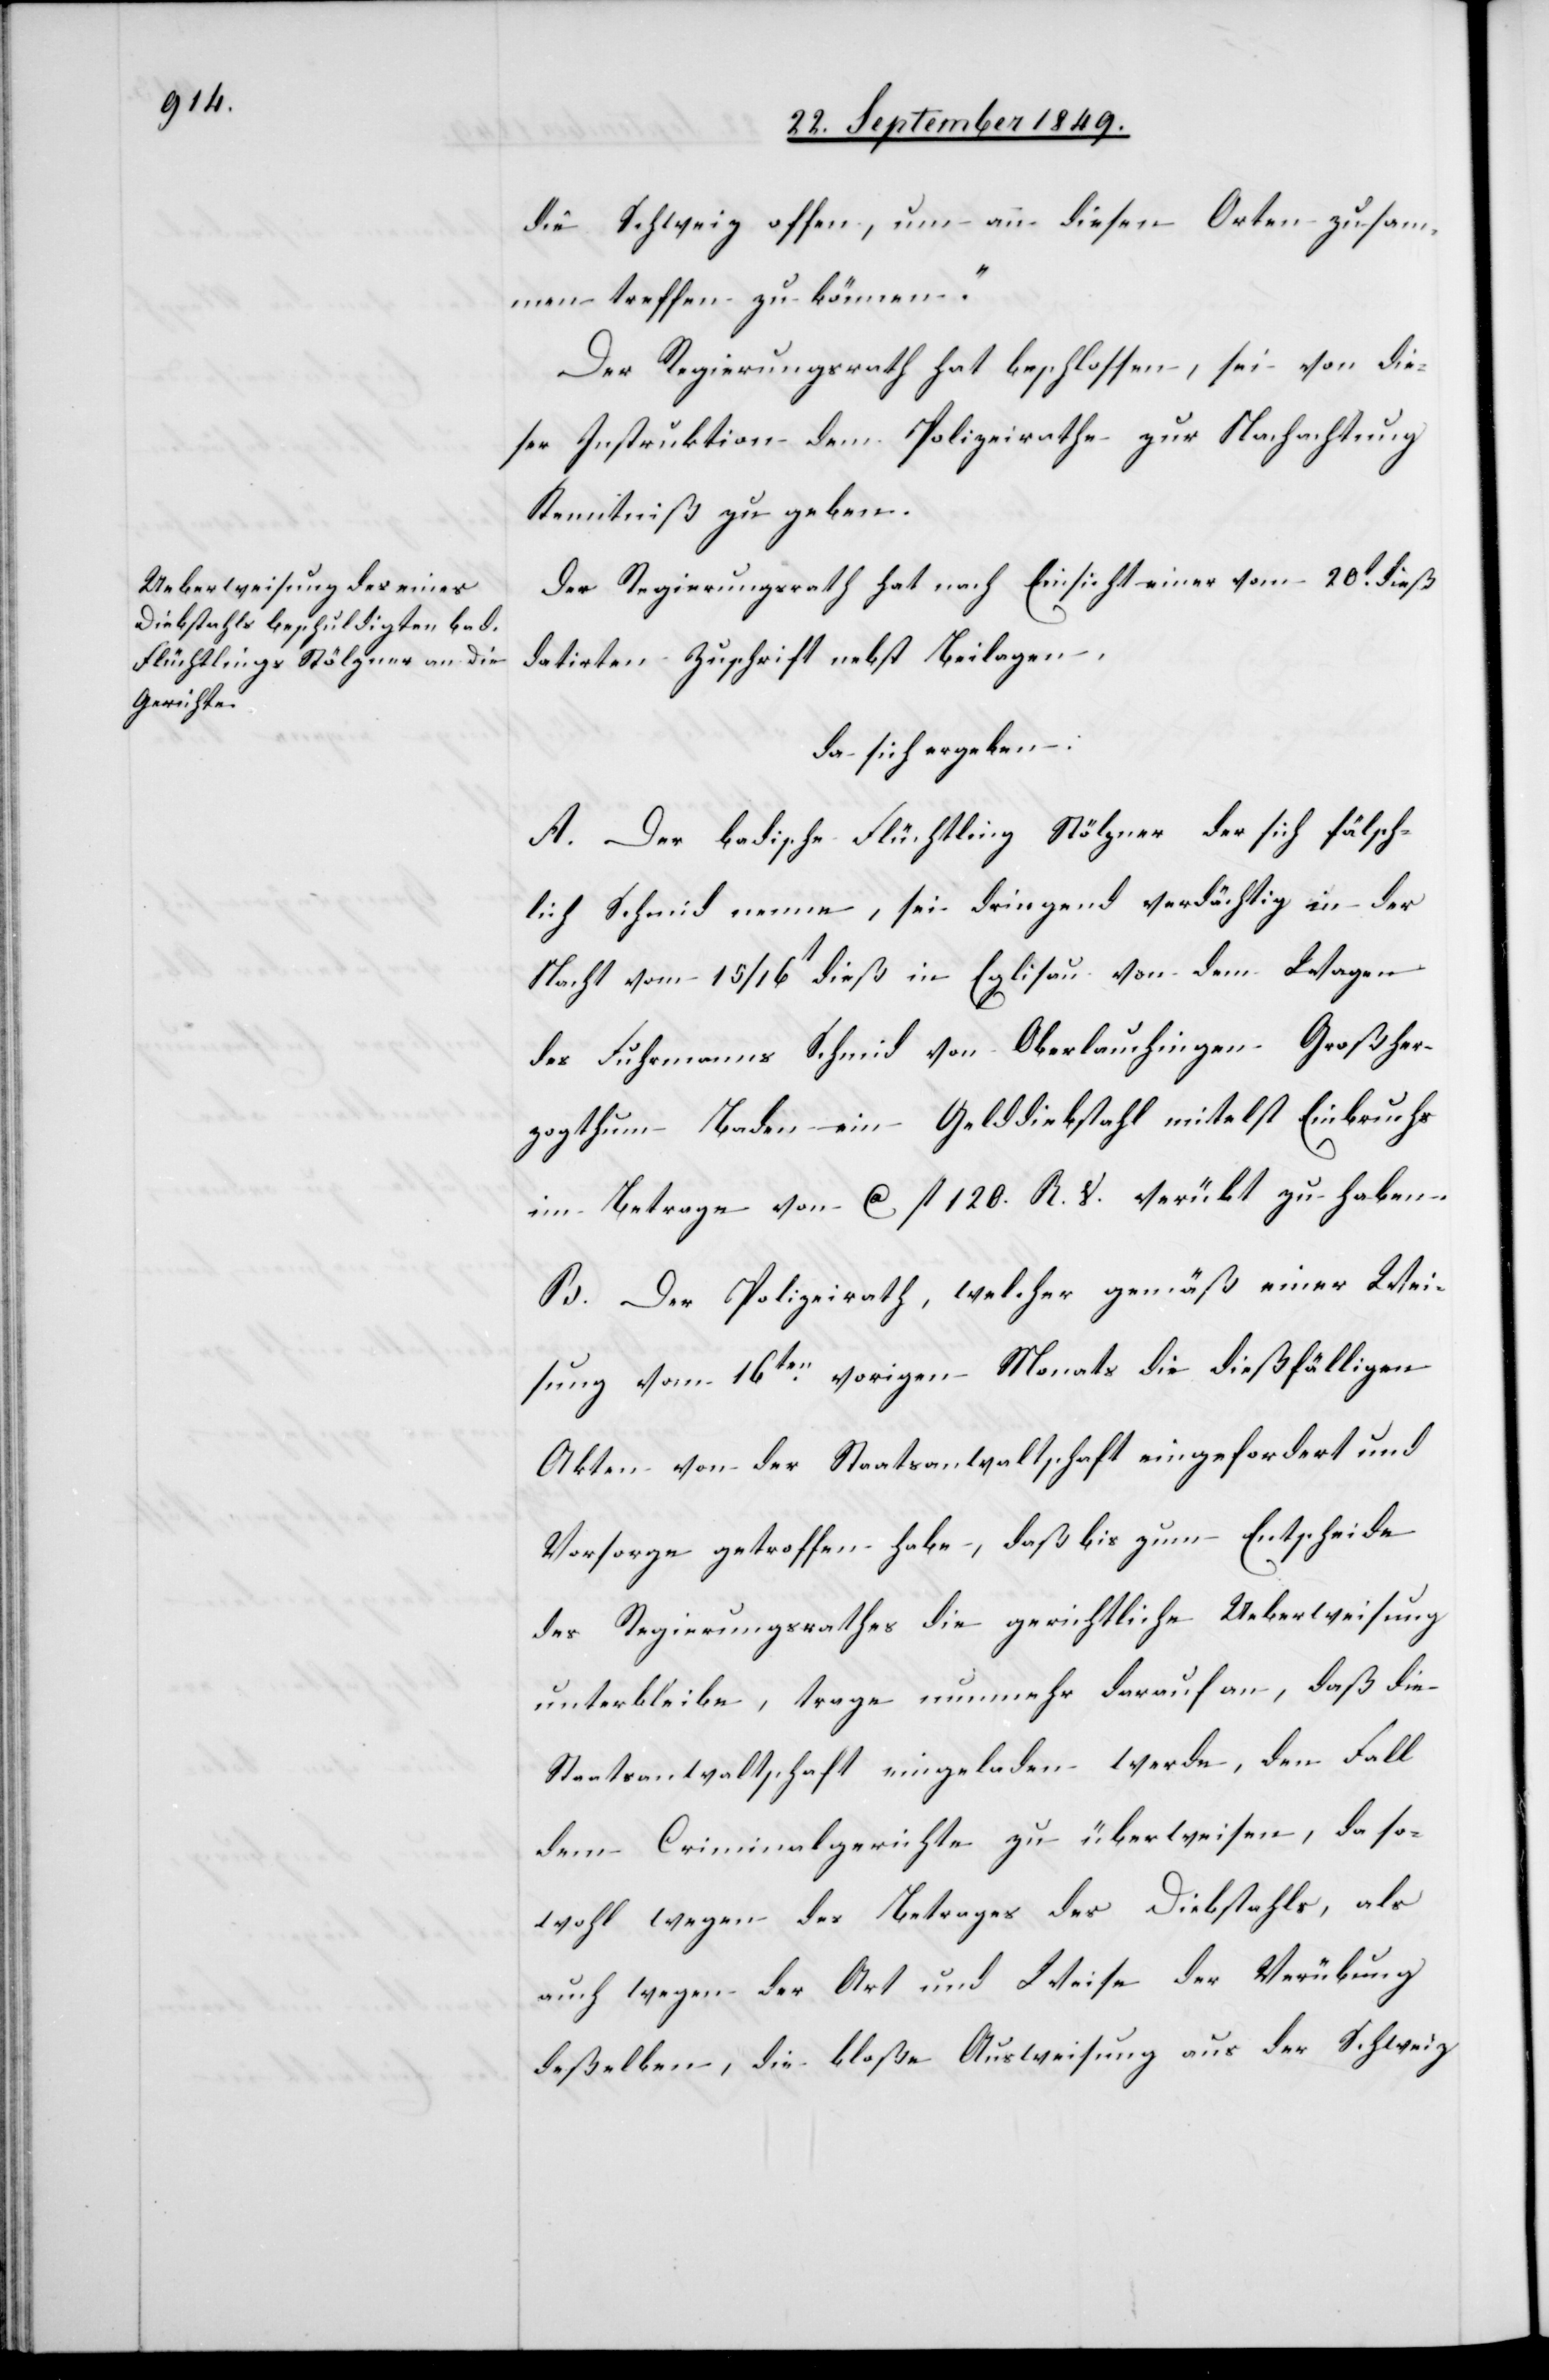
die Schweiz offen, um an diesen Orten zusam¬
men treffen zu können“.
Der Regierungsrath hat beschlossen, sei von die¬
ser Instruktion dem Polizeirathe zur Nachachtung
Kenntniß zu geben.
Der Regierungsrath hat nach Einsicht einer vom 20t dieß
datirten Zuschrift nebst Beilagen,
da sich ergeben:
A. Der badische Flüchtling Stölzner der sich fälsch¬
lich Schmid nenne, sei dringend verdächtig in der
Nacht vom 15/16t dieß in Eglisau von dem Wagen
des Fuhrmanns Schmid von Oberlauchingen Großher¬
zogthum Baden ein Gelddiebstahl mitelst [sic!]
im Betrage von ca fl. 120. R. S. verübt zu haben.
B. Der Polizeirath, welcher gemäß einer Wei¬
sung vom 16ten vorigen Monats die dießfälligen
Akten von der Staatsanwaltschaft eingefordert und
Vorsorge getroffen habe, daß bis zum Entscheide
des Regierungsrathes die gerichtliche Ueberweisung
unterbleibe, trage nunmehr darauf an, daß die
Staatsanwaltschaft eingeladen werde, den Fall
dem Criminalgerichte zu überweisen, da so¬
wohl wegen des Betrages des Diebstahls, als
auch wegen der Art und Weise der Verübung
deßelben, die bloße Ausweisung aus der Schweiz